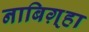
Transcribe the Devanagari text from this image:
नाबिग़्हा